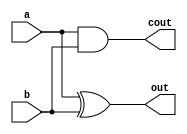

`timescale 1ns/1ns

module HA(a,b,out, cout);
input a;
input b;
output out;
output cout;

assign out = a ^ b;
assign cout = a & b;

endmodule